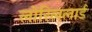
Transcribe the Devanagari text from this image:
लोरिललार्ड